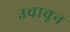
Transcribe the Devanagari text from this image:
उचावून